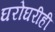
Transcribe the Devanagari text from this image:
घरोघरीही